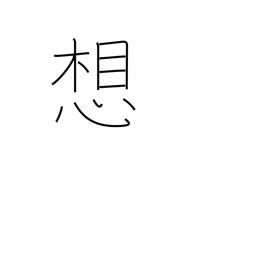
Meaning: thought